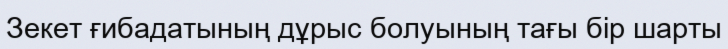
Зекет ғибадатының дұрыс болуының тағы бір шарты